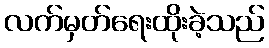
လက်မှတ်ရေးထိုးခဲ့သည်